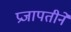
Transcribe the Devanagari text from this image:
प्रजापतीनें